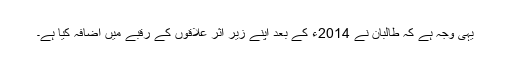
یہی وجہ ہے کہ طالبان نے 2014ء کے بعد اپنے زیرِ اثر علاقوں کے رقبے میں اضافہ کیا ہے۔